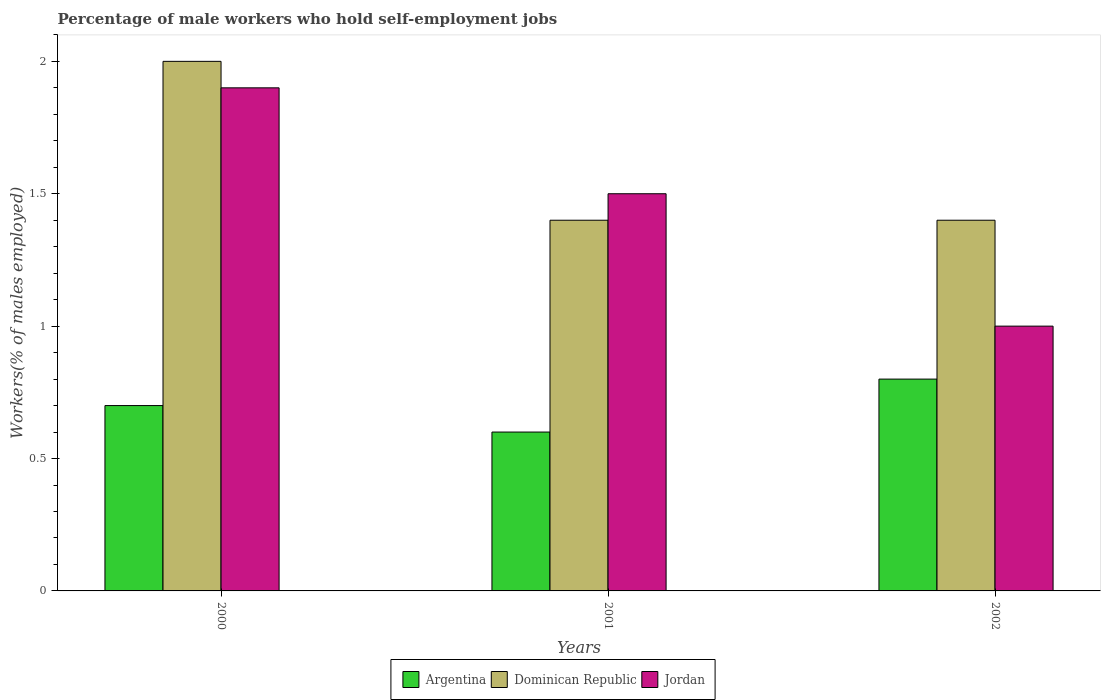
| Years | Argentina | Dominican Republic | Jordan |
 | --- | --- | --- | --- |
 | 2000 | 0.7 | 2 | 1.9 |
 | 2001 | 0.6 | 1.4 | 1.5 |
 | 2002 | 0.8 | 1.4 | 1 |